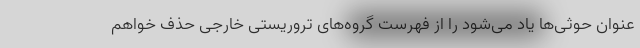
عنوان حوثی‌ها یاد می‌شود را از فهرست گروه‌های تروریستی خارجی حذف خواهم